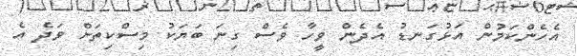
އެހެންކަމުން އަޅުގަނޑު އެދެން ވީހާ ވެސް ގިނަ ބަޔަކު މިސްކިތަށް ވަދެ އެ